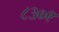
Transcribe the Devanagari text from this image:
८३०९